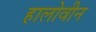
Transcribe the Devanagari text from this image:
हालोवीन